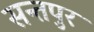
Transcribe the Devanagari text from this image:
सन्तपुर